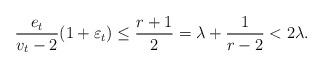
LaTeX: \begin{align*} \frac{e_t}{v_t-2}(1 +\varepsilon_t) \leq \frac{r+1}{2} = \lambda + \frac{1}{r-2} < 2 \lambda.\end{align*}